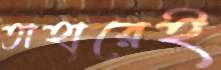
তাহারেই